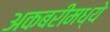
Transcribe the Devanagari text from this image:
अकबरीमध्ये